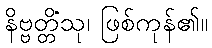
နိဗ္ဗတ္တိံသု၊ ဖြစ်ကုန်၏။